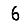
Digit: 6